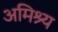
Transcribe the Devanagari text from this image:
अमिश्र्य